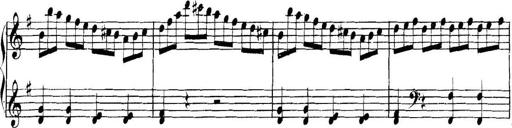
Title: Collected Piano Sonatas
Composer: Muzio Clementi